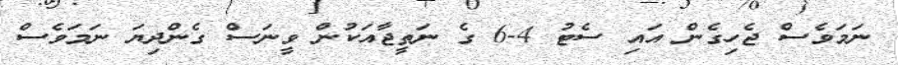
ނަމަވެސް ޖެހިގެން އައި ސެޓު 4-6 ގެ ނަތީޖާއަކުން ވީނަސް ގެންދިޔަ ނަމަވެސް